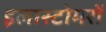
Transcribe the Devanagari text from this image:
इलास्टोमरों